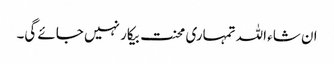
ان شاء اللہ تمہاری محنت بیکار نہیں جائے گی۔